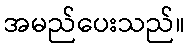
အမည်ပေးသည်။